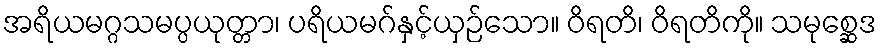
အရိယမဂ္ဂသမပ္ပယုတ္တာ၊ ပရိယမဂ်နှင့်ယှဉ်သော။ ဝိရတိ၊ ဝိရတိကို။ သမုစ္ဆေဒ